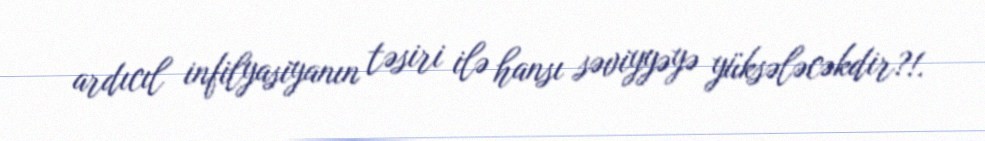
ardıcıl infilyasiyanın təsiri ilə hansı səviyyəyə yüksələcəkdir?!.